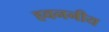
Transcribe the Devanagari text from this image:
हवननीय